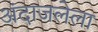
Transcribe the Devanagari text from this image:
अंदाजलेला